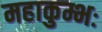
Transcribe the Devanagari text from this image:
महाकुम्भः